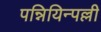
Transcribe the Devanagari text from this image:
पन्नियिन्पल्ली